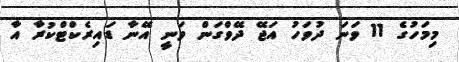
މިމަހުގެ 11 ވަނަ ދުވަހު އަޖޭ ދޭވްގަން ވަނީ އޭނާ ޑައިރެކްޓްކުރާ އާ